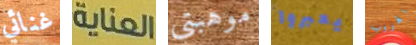
غنائي العناية موهبتي يعبروا الهروب